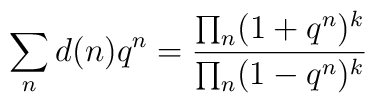
\sum_n d(n) q^n = \frac{\prod_n (1 + q^n)^{k}}{\prod_n (1 - q^n)^k}